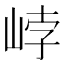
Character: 㟑